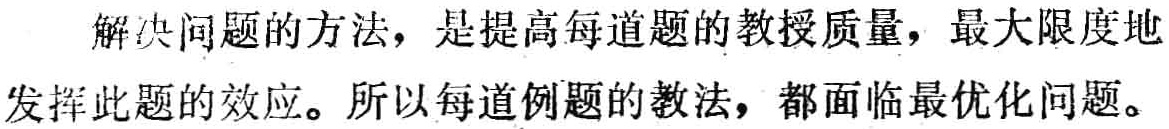
解决问题的方法，是提高每道题的教授质量，最大限度地发挥此题的效应。所以每道例题的教法，都面临最优化问题。